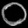
Digit: ၀